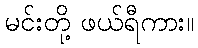
မင်းတို့ ဖယ်ရီကား။